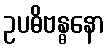
ဥပဓိဗန္ဓနော